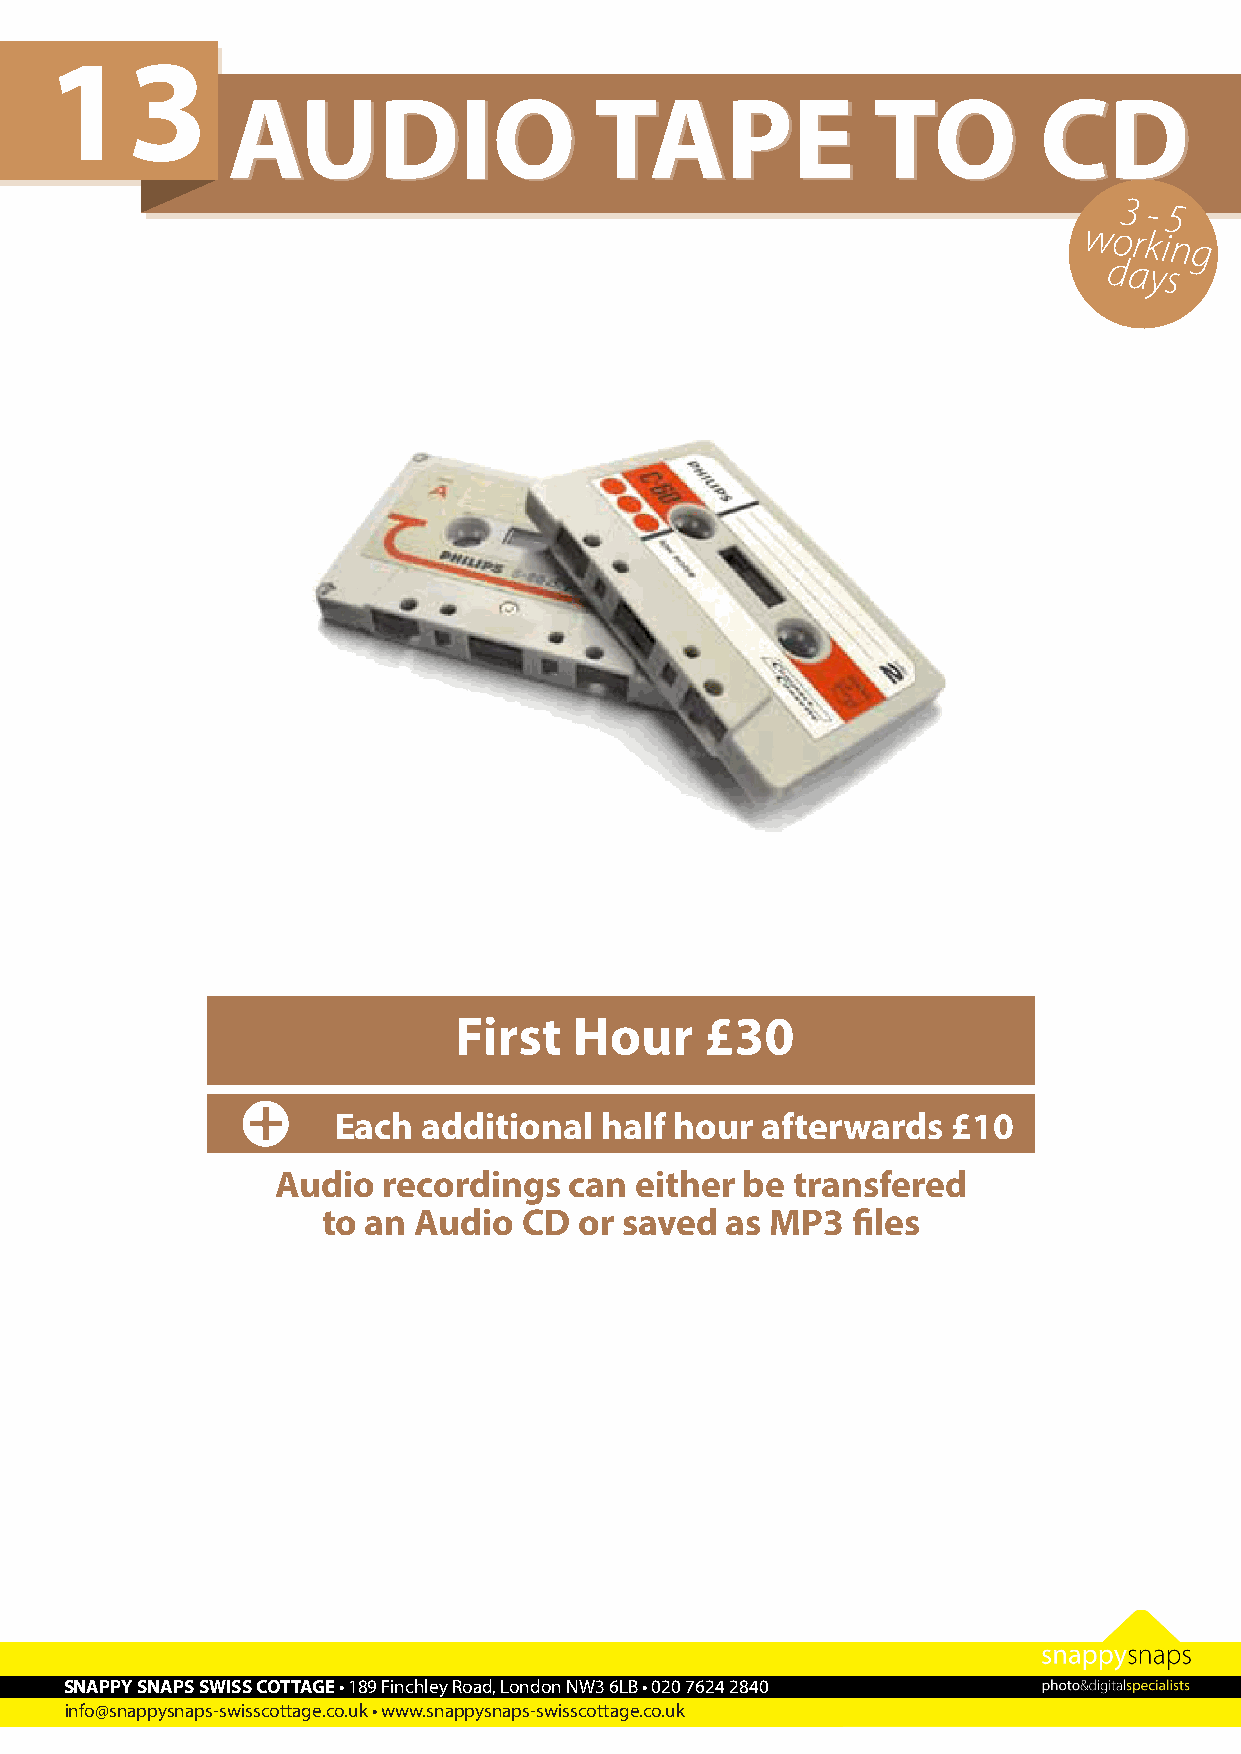
13
 AAUUDDIIOO              TTAAPPEE           TTOO       CCDD
 3 - 5
 working
 days
 Video   to computer      file conversion
 from    standard    video    £40  per  hour
 First   Hour     £30
 Please specify desired video file type and codec or editing software,
 +                                                                                          platform (PC/MAC), to be used with.
 Each  additional  half hour afterwards   £10
 Audio  recordings   can either be transfered
 to an Audio   CD or saved  as MP3  files
 SNAPPY SNAPS SWISS COTTAGE • 189 Finchley Road, London NW3 6LB • 020 7624 2840
 info@snappysnaps-swisscottage.co.uk • www.snappysnaps-swisscottage.co.uk